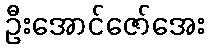
ဦးအောင်ဇော်အေး